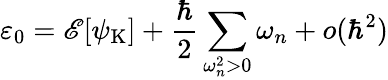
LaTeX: \varepsilon_{0}=\mathscr{E}[{\psi}_{\mathrm{{K}}}]+\frac{{\hbar}}{{2}}\sum_{\omega_{n}^{2}>0}\omega_{n}+o(\hbar^{2})